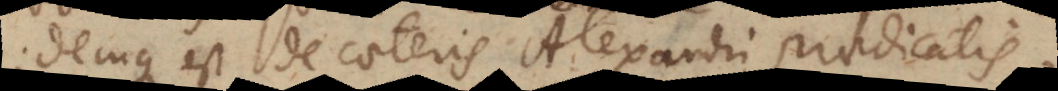
demque est de caeteris Alexandri praedicatis.